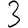
Digit: 3